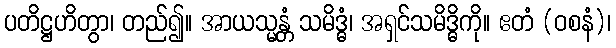
ပတိဋ္ဌဟိတွာ၊ တည်၍။ အာယသ္မန္တံ သမိဒ္ဓံ၊ အရှင်သမိဒ္ဓိကို။ ဧတံ (ဝစနံ)၊